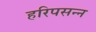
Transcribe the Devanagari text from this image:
हरिपसन्न